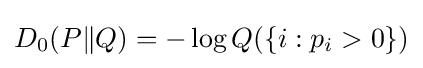
D_{0}(P\Vert Q)=-\log Q(\{i:p_{i}>0\})